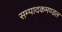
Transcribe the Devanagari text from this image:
सम्पादकमण्डल